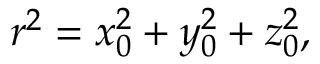
~ r ^ { 2 } = x _ { 0 } ^ { 2 } + y _ { 0 } ^ { 2 } + z _ { 0 } ^ { 2 } ,